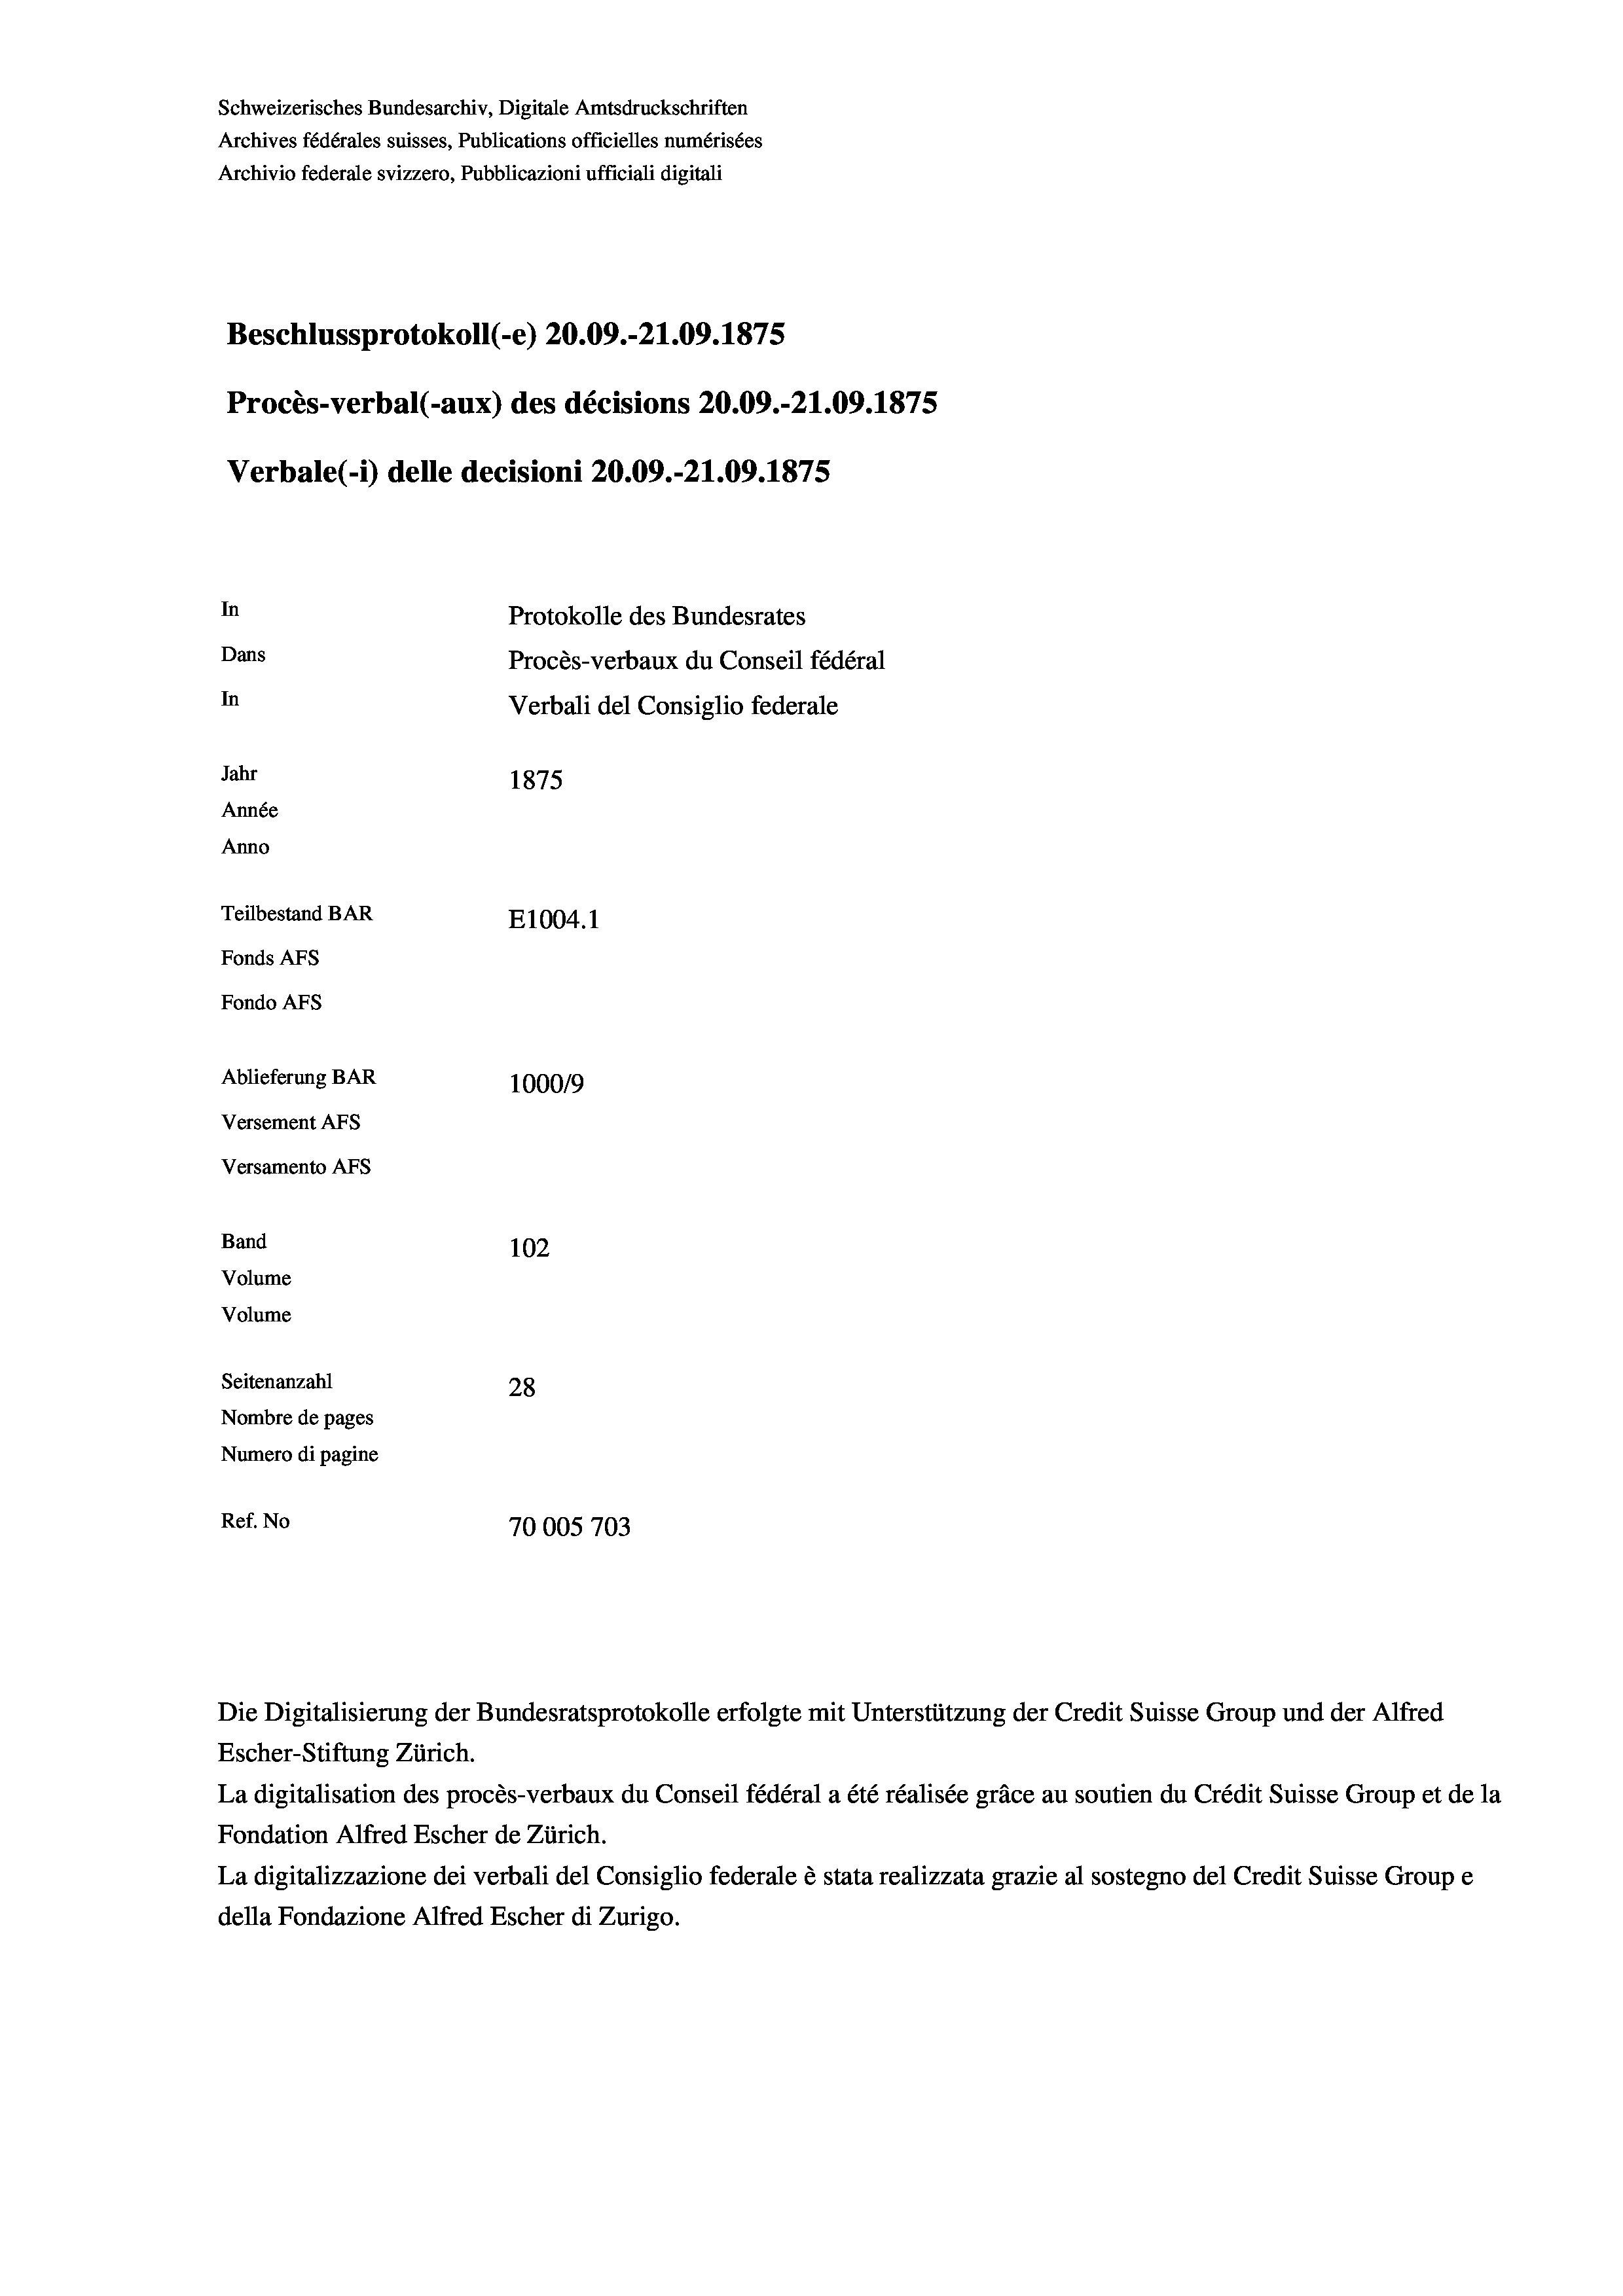
Schweizerisches Bundesarchiv, Digitale Amtsdruckschriften
Archives fédérales suisses, Publications officielles numérisées
Archivio federale svizzero, Pubblicazioni ufficiali digitali
Beschlussprotokoll (-e) 20.09.-21.09. 1875
Procès-verbal (-aux) des décisions 20.09.-21.09. 1875
Verbale(*) delle decisioni 20.09.-21.09. 1875
In
Protokolle des Bundesrates
Dans
Procès-verbaux du Conseil fédéral
In
Verbali del Consiglio federale
Jahr
1875
Année
Anno
Teilbestand BAR
E1004. 1
Fonds AFs
Fondo AFs
Ablieferung BAR
100019
Versement AFs
Versamento Afs
Band
102
Volume
Volume
Seitenanzahl
28
Nombre de pages
Numero di pagine
Ref. No
70005703

Die Digitalisierung der Bundesratsprotokolle erfolgte mit Unterstützung der Credit Suisse Group und der Alfred
Escher-Stiftung Zürich.
La digitalisation des procès-verbaux du Conseil fédéral a été réalisée gräce au soutien du Crédit Suisse Group et de la
Fondation Alfred Escher de Zürich.
La digitalizzazione dei verbali del Consiglio federale è stata realizzata grazie al sostegno del Credit Suisse Groupe
della Fondazione Alfred Escher di Zurigo.